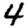
Digit: 4